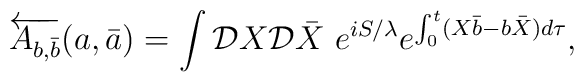
\overleftarrow{A_{b,\bar b}}(a,\bar a)=\int{\cal D}X{\cal D}\bar X\ e^{iS/\lambda}e^{\int_0^t(X\bar b-b\bar X)d\tau},